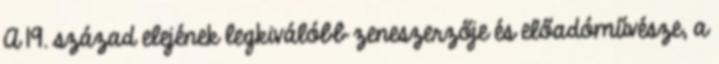
A 19. század elejének legkiválóbb zeneszerzője és előadóművésze, a